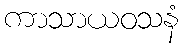
ကာသာယဝသနံ